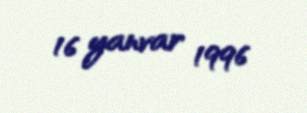
16 yanvar 1996